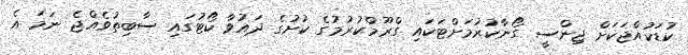
ކުޑަކުއްޖަކަށް ޖިންސީ ގޯނާކުރުމަށްޓަކައި ގްރޫމްކުރުމުގެ ކުށުގެ ދައުވާ ކޯޓުގައި ސާބިތުވެއްޖެ ނަމަ އެ